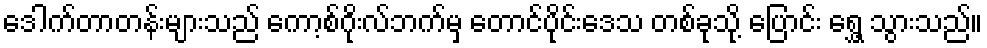
ဒေါက်တာတန်းများသည် ကော့စ်ဂိုးလ်ဘက်မှ တောင်ပိုင်းဒေသ တစ်ခုသို့ ပြောင်း ရွှေ့ သွားသည်။